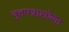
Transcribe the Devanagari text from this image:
वृत्तपत्रासोबत